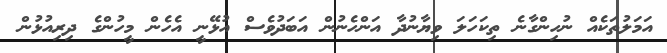
އަމަލުތަކެއް ނުހިންގާނެ ތިކަހަލަ ވިޔާނުދާ އަންހެނުން އަބަދުވެސް އުޅޭނީ އެހެން މީހުންގެ ދިރިއުޅުން